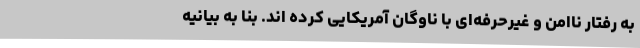
به رفتار ناامن و غیرحرفه‌ای با ناوگان آمریکایی کرده اند. بنا به بیانیه